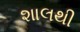
શાલથી